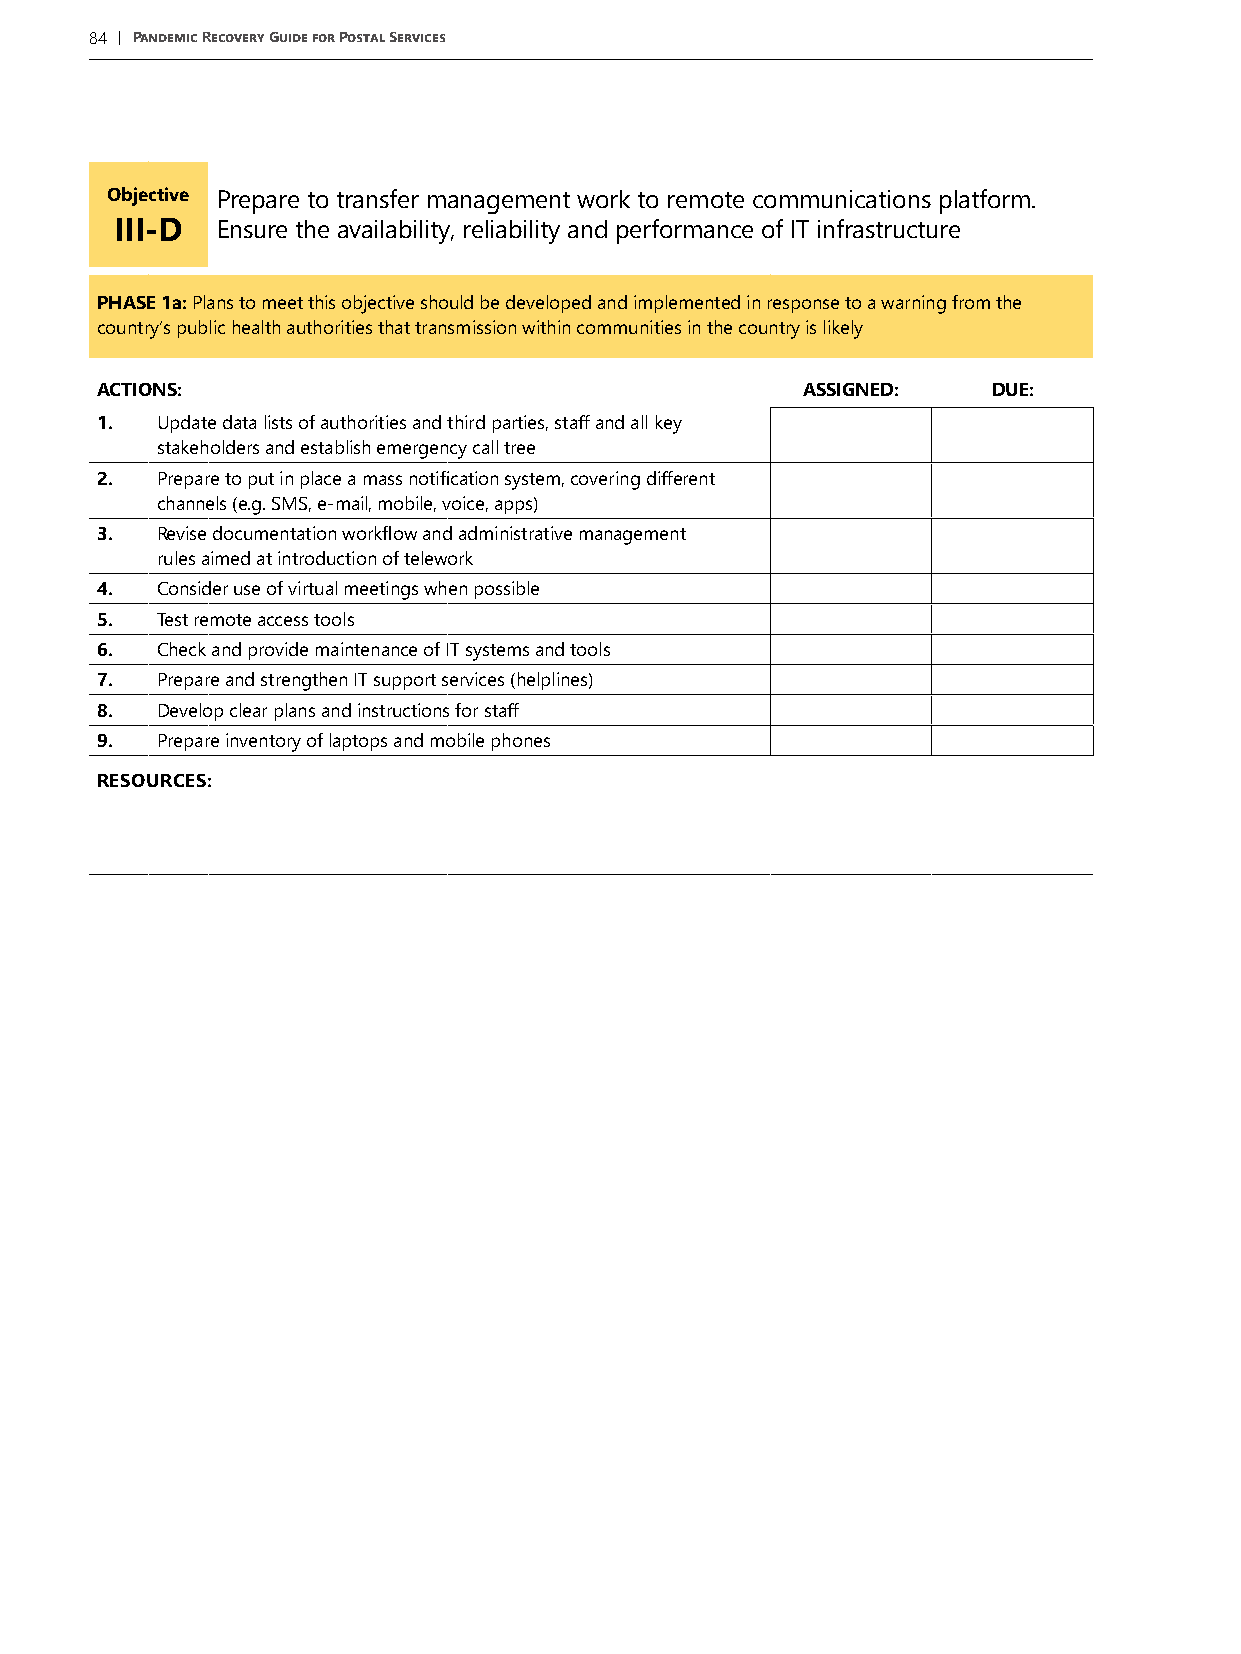
84 | Pandemic Recovery Guide for Postal Services
 Objective Prepare to transfer management work to remote communications platform.
 III-D Ensure the availability, reliability and performance of IT infrastructure
 PHASE 1a: Plans to meet this objective should be developed and implemented in response to a warning from the
 country’s public health authorities that transmission within communities in the country is likely
 ACTIONS:                                       ASSIGNED:    DUE:
 1.  Update data lists of authorities and third parties, staff and all key
 stakeholders and establish emergency call tree
 2.  Prepare to put in place a mass notification system, covering different
 channels (e.g. SMS, e-mail, mobile, voice, apps)
 3.  Revise documentation workflow and administrative management
 rules aimed at introduction of telework
 4.  Consider use of virtual meetings when possible
 5.  Test remote access tools
 6.  Check and provide maintenance of IT systems and tools
 7.  Prepare and strengthen IT support services (helplines)
 8.  Develop clear plans and instructions for staff
 9.  Prepare inventory of laptops and mobile phones
 RESOURCES: